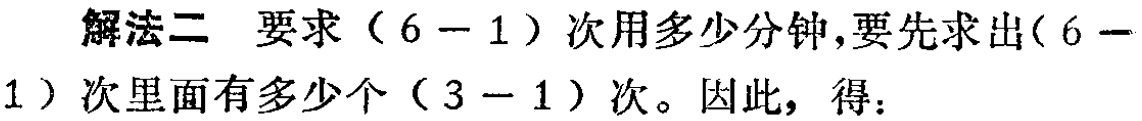
解法二 要求\((6 - 1)\)次用多少分钟，要先求出\((6 - 1)\)次里面有多少个\((3 - 1)\)次。因此，得：